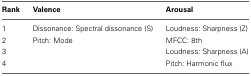
| Rank | Valence | Arousal |
 | --- | --- | --- |
 | 1 | Dissonance: Spectral dissonance (S) | Loudness: Sharpness (Z) |
 | 2 | Pitch: Mode | MFCC: 8th |
 | 3 |  | Loudness: Sharpness (A) |
 | 4 |  | Pitch: Harmonic flux |